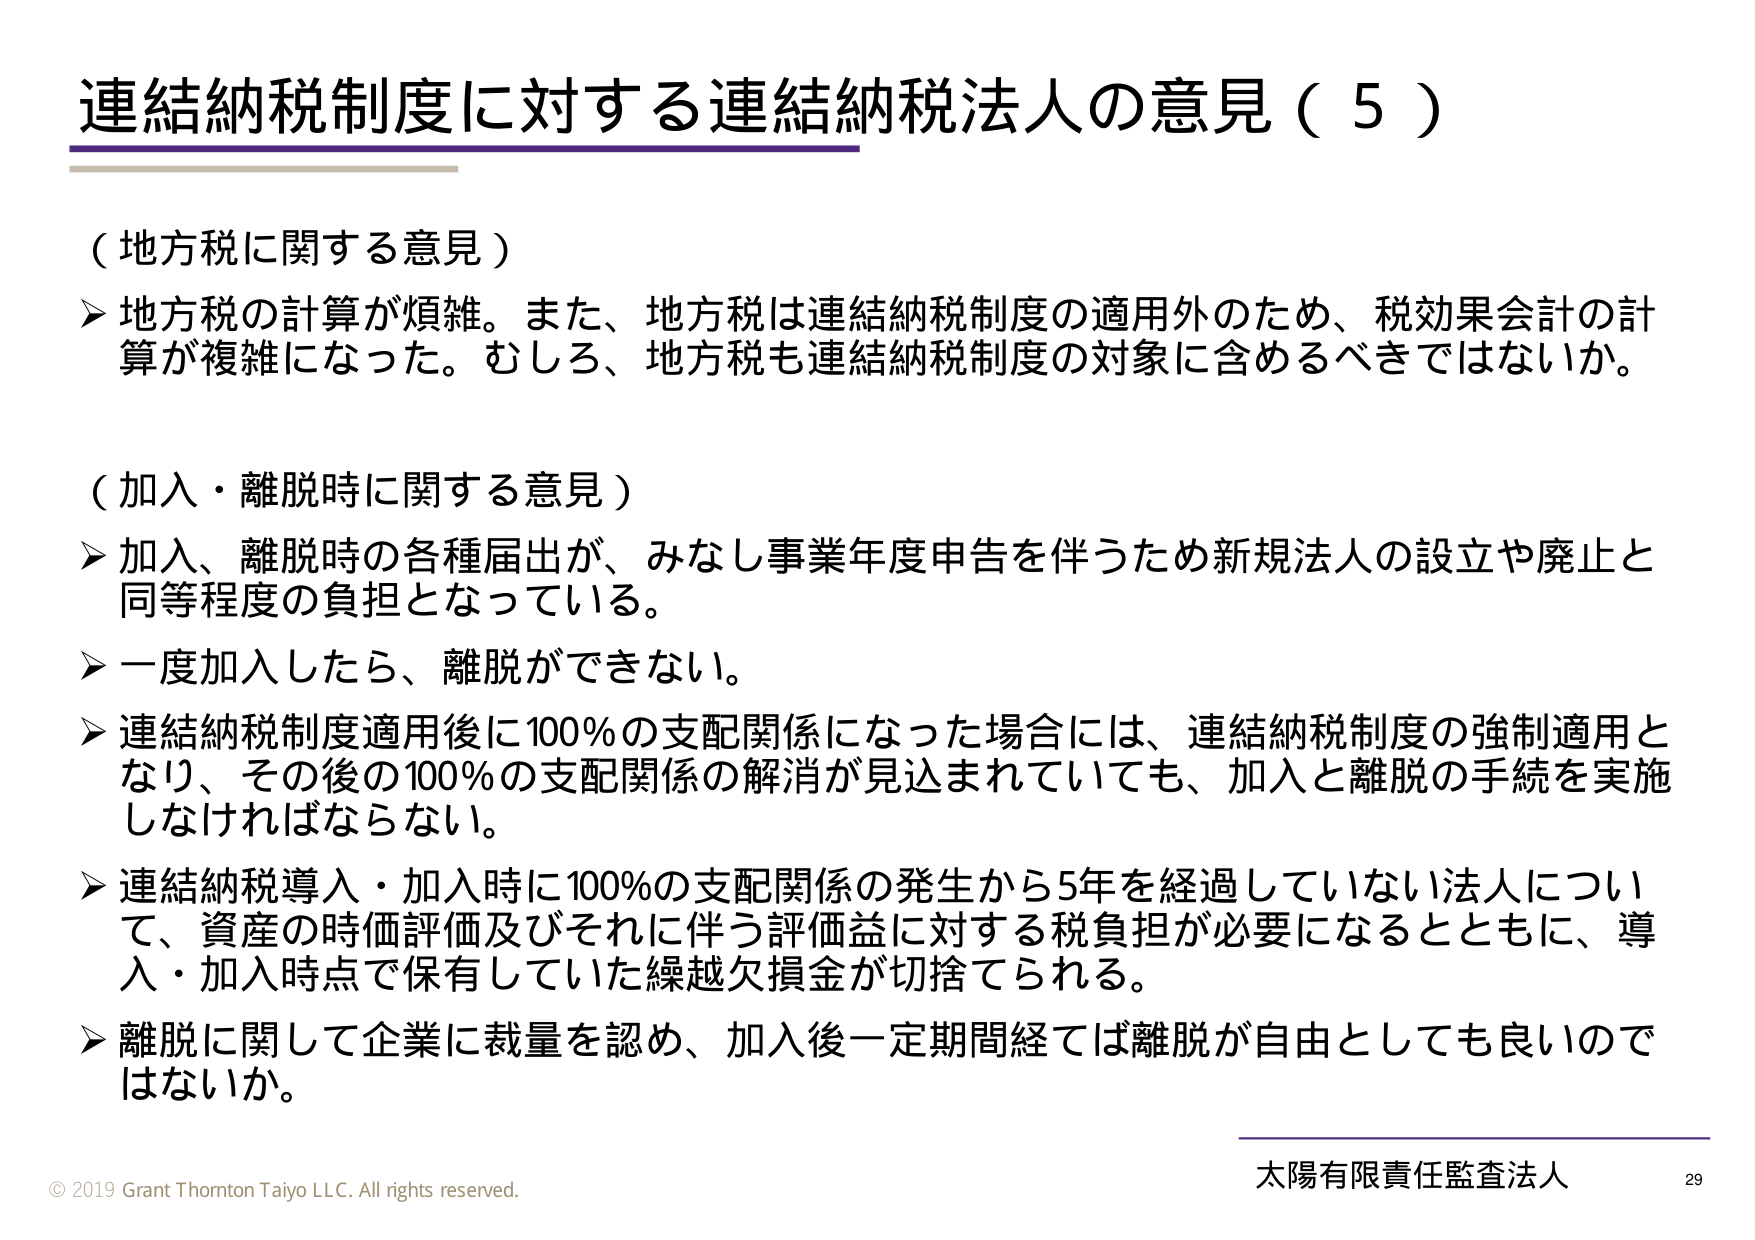
連結納税制度に対する連結納税法人の意見（５）

（地方税に関する意見）
➤ 地方税の計算が煩雑。また、地方税は連結納税制度の適用外のため、税効果会計の計算が複雑になった。むしろ、地方税も連結納税制度の対象に含めるべきではないか。

（加入・離脱時に関する意見）
➤ 加入、離脱時の各種届出が、みなし事業年度申告を伴うため新規法人の設立や廃止と同等程度の負担となっている。
➤ 一度加入したら、離脱ができない。
➤ 連結納税制度適用後に100％の支配関係になった場合には、連結納税制度の強制適用となり、その後の100％の支配関係の解消が見込まれていても、加入と離脱の手続を実施しなければならない。
➤ 連結納税導入・加入時に100％の支配関係の発生から5年を経過していない法人について、資産の時価評価及びそれに伴う評価益に対する税負担が必要になるとともに、導入・加入時点で保有していた繰越欠損金が切捨てられる。
➤ 離脱に関して企業に裁量を認め、加入後一定期間経てば離脱が自由としても良いのではないか。

© 2019 Grant Thornton Taiyo LLC. All rights reserved.
太陽有限責任監査法人 29